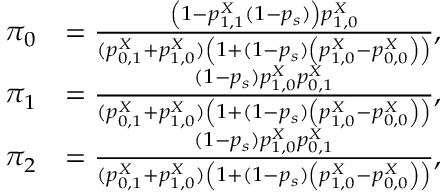
\begin{array} { r l } { \pi _ { 0 } } & { = \frac { \left( 1 - p _ { 1 , 1 } ^ { X } ( 1 - p _ { s } ) \right) p _ { 1 , 0 } ^ { X } } { ( p _ { 0 , 1 } ^ { X } + p _ { 1 , 0 } ^ { X } ) \left( 1 + ( 1 - p _ { s } ) \left( p _ { 1 , 0 } ^ { X } - p _ { 0 , 0 } ^ { X } \right) \right) } , } \\ { \pi _ { 1 } } & { = \frac { ( 1 - p _ { s } ) p _ { 1 , 0 } ^ { X } p _ { 0 , 1 } ^ { X } } { ( p _ { 0 , 1 } ^ { X } + p _ { 1 , 0 } ^ { X } ) \left( 1 + ( 1 - p _ { s } ) \left( p _ { 1 , 0 } ^ { X } - p _ { 0 , 0 } ^ { X } \right) \right) } , } \\ { \pi _ { 2 } } & { = \frac { ( 1 - p _ { s } ) p _ { 1 , 0 } ^ { X } p _ { 0 , 1 } ^ { X } } { ( p _ { 0 , 1 } ^ { X } + p _ { 1 , 0 } ^ { X } ) \left( 1 + ( 1 - p _ { s } ) \left( p _ { 1 , 0 } ^ { X } - p _ { 0 , 0 } ^ { X } \right) \right) } , } \end{array}